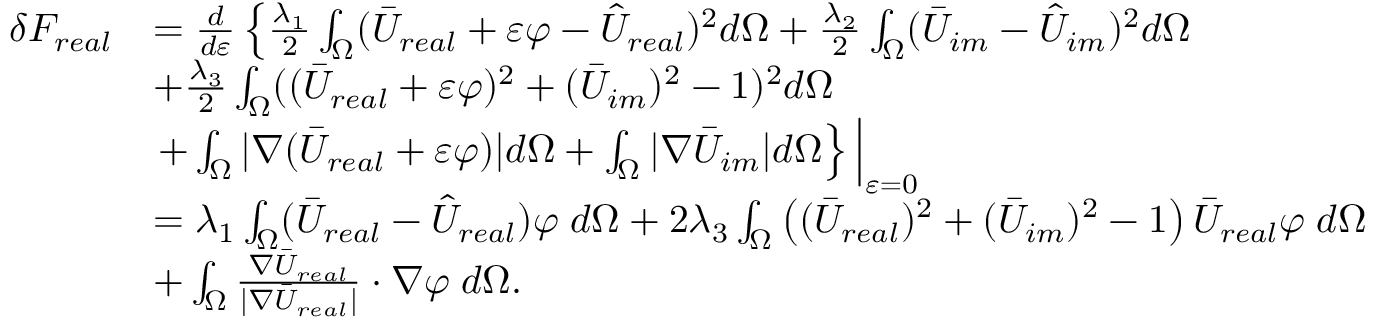
\begin{array} { r l } { \delta F _ { r e a l } } & { = \frac { d } { d \varepsilon } \left\{ \frac { \lambda _ { 1 } } { 2 } \int _ { \Omega } ( \bar { U } _ { r e a l } + \varepsilon \varphi - \hat { U } _ { r e a l } ) ^ { 2 } d \Omega + \frac { \lambda _ { 2 } } { 2 } \int _ { \Omega } ( \bar { U } _ { i m } - \hat { U } _ { i m } ) ^ { 2 } d \Omega \right. } \\ & { + \frac { \lambda _ { 3 } } { 2 } \int _ { \Omega } ( ( \bar { U } _ { r e a l } + \varepsilon \varphi ) ^ { 2 } + ( \bar { U } _ { i m } ) ^ { 2 } - 1 ) ^ { 2 } d \Omega } \\ & { \left. + \int _ { \Omega } | \nabla ( \bar { U } _ { r e a l } + \varepsilon \varphi ) | d \Omega + \int _ { \Omega } | \nabla \bar { U } _ { i m } | d \Omega \right\} \Big | _ { \varepsilon = 0 } } \\ & { = \lambda _ { 1 } \int _ { \Omega } ( \bar { U } _ { r e a l } - \hat { U } _ { r e a l } ) \varphi \; d \Omega + 2 \lambda _ { 3 } \int _ { \Omega } \left( ( \bar { U } _ { r e a l } ) ^ { 2 } + ( \bar { U } _ { i m } ) ^ { 2 } - 1 \right) \bar { U } _ { r e a l } \varphi \; d \Omega } \\ & { + \int _ { \Omega } \frac { \nabla \bar { U } _ { r e a l } } { | \nabla \bar { U } _ { r e a l } | } \cdot \nabla \varphi \; d \Omega . } \end{array}